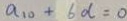
a _ { 1 0 } + 6 d = 0